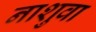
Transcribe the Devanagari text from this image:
नाशुवा